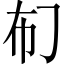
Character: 𱜡